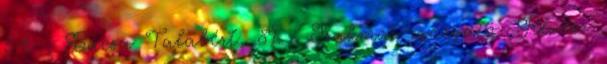
54. , Bacsa Talabért, 89. . Szakmai igazgató: Révész